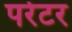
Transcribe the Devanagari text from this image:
परेटर